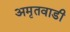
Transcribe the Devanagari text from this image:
अमृतवाडी